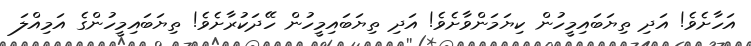
އަހާށެވެ! އަދި ތިޔަބައިމީހުން ކިޔަމަންވާށެވެ! އަދި ތިޔަބައިމީހުން ހޭދަކުރާށެވެ! ތިޔަބައިމީހުންގެ އަމިއްލަ